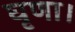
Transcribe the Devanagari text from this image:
घृणा।